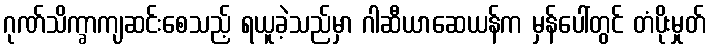
ဂုဏ်သိက္ခာကျဆင်းစေသည့် ရယူခဲ့သည်မှာ ဂါဆီယာဆေယန်က မှန်ပေါ်တွင် တံပိုးမှုတ်